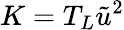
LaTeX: K=T_{L}\tilde{u}^{2}